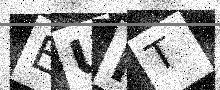
Text: EUPT